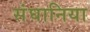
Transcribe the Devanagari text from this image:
संघानिया